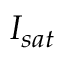
I _ { s a t }